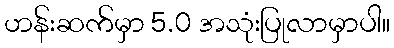
ဟန်းဆက်မှာ 5.0 အသုံးပြုလာမှာပါ။